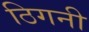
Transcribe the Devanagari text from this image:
ठिगनी